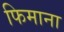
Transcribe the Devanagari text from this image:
फिमाना